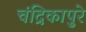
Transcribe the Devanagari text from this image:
चंद्रिकापुरे